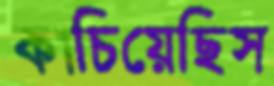
কাচিয়েছিস